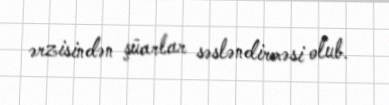
ərzisindən şüarlar səsləndirməsi olub.